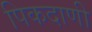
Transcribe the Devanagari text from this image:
पिकदाणी